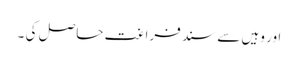
اور وہیں سے سند فراغت حاصل کی ۔